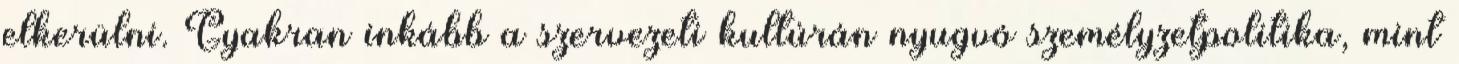
elkerülni. Gyakran inkább a szervezeti kultúrán nyugvó személyzetpolitika, mint